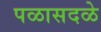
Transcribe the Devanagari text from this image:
पळासदळे